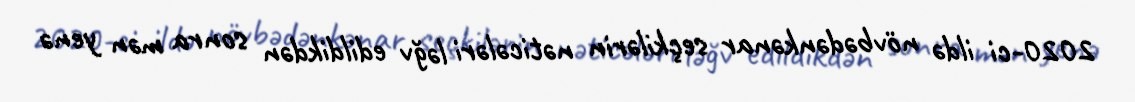
2020-ci ildə növbədənkənar seçkilərin nəticələri ləğv edildikdən sonra mən yenə